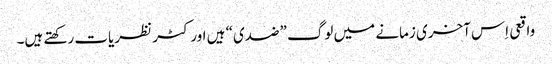
‏ واقعی اِس آخری زمانے میں لوگ ”‏ضدی“‏ ہیں اور کٹر نظریات رکھتے ہیں۔